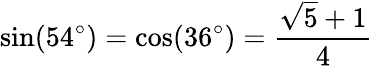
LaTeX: \sin(54^{\circ})=\cos(36^{\circ})={\frac{{\sqrt{5}}+1}{4}}